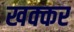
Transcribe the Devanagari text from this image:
खक्कर